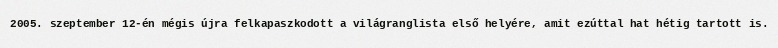
2005. szeptember 12-én mégis újra felkapaszkodott a világranglista első helyére, amit ezúttal hat hétig tartott is.